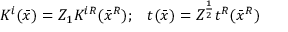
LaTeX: K ^ { i } ( \bar { x } ) = Z _ { 1 } K ^ { i R } ( \bar { x } ^ { R } ) ; \; \; \; t ( \bar { x } ) = Z ^ { \frac { 1 } { 2 } } t ^ { R } ( \bar { x } ^ { R } )